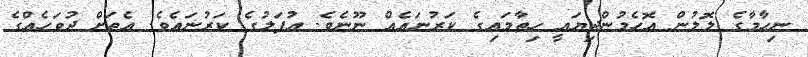
ނިހާމާގެ ލޮލުން އޮހެމުންދިޔައީ ހިތާމައިގެ ކަރުނައެއް ނޫނެވެ. އުފަލުގެ ކަރުނައެވެ. އެތަށް ދުވަހެއްގެ